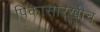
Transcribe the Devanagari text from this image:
पिंकासारखीच